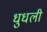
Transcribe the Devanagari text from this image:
धुधली